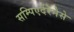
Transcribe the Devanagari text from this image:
सम्पिएर्दरेनेसे